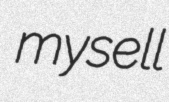
mysell